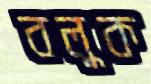
বলুক